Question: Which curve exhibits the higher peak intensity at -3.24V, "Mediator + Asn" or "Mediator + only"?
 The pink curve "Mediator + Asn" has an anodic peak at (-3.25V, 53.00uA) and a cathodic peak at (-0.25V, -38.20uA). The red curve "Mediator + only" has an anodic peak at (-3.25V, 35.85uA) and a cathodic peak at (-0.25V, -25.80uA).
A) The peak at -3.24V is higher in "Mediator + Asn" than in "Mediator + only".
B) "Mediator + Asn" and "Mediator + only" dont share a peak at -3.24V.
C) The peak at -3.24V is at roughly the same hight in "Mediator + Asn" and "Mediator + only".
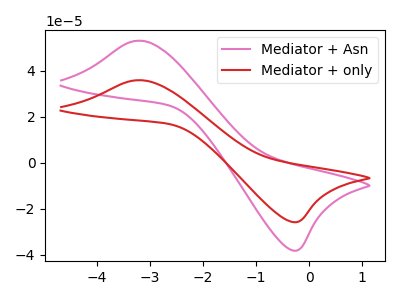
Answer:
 <answer>A) The peak at -3.24V is higher in "Mediator + Asn" than in "Mediator + only".</answer>
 <eval>A</eval>